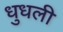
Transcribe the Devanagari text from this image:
धुधली